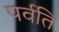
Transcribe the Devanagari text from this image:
पर्वति